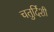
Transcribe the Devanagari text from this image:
चतुर्दिशी